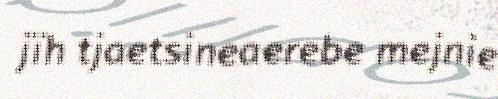
jïh tjaetsineaerebe mejnie